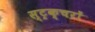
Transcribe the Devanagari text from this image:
स्ट्रक्चरों